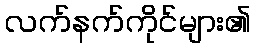
လက်နက်ကိုင်များ၏